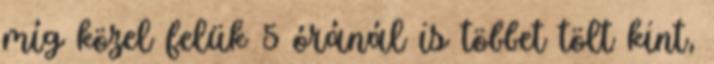
míg közel felük 5 óránál is többet tölt kint,